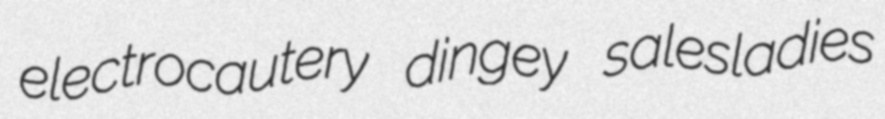
electrocautery dingey salesladies